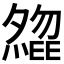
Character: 𡗃